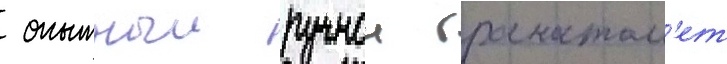
 опытныи ручнои гранатом'ет